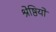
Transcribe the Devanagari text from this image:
श्रेष्ठियों